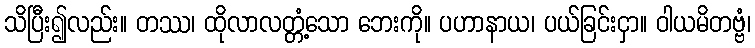
သိပြီး၍လည်း။ တဿ၊ ထိုလာလတ္တံ့သော ဘေးကို။ ပဟာနာယ၊ ပယ်ခြင်းငှာ။ ဝါယမိတဗ္ဗံ၊